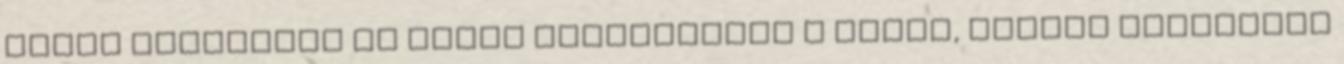
Jézus ajánlatát és akkor megmaradnak a földi, emberi vélekedés